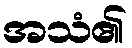
အသံ၏